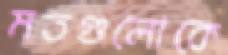
মতগুলোকে